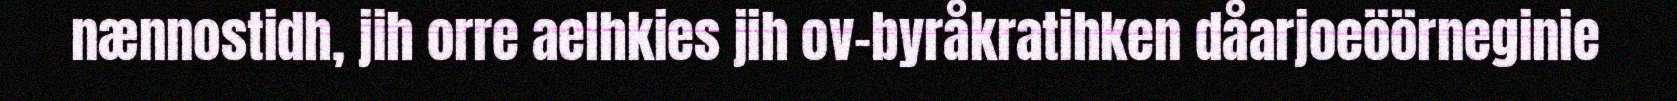
nænnostidh, jih orre aelhkies jih ov-byråkratihken dåarjoeöörneginie